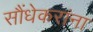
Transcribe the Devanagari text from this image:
सौंधेकरांना